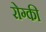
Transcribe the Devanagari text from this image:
रोग्की